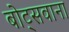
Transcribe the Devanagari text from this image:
बोट्सवाना